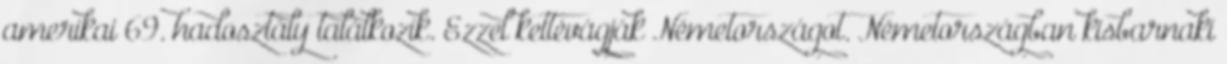
amerikai 69. hadosztály találkozik. Ezzel kettévágják Németországot. Németországban kisbarnaki